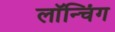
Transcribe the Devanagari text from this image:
लाॅन्चिंग